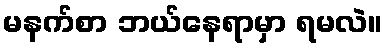
မနက်စာ ဘယ်နေရာမှာ ရမလဲ။